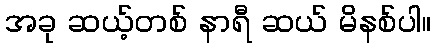
အခု ဆယ့်တစ် နာရီ ဆယ် မိနစ်ပါ။